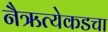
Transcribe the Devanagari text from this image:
नैऋत्येकडचा